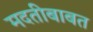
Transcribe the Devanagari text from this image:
मदतीबाबत